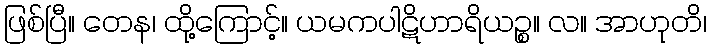
ဖြစ်ပြီ။ တေန၊ ထို့ကြောင့်။ ယမကပါဋိဟာရိယဉ္စ။ လ။ အာဟုတိ၊